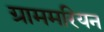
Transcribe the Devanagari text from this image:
ग्राममरियन